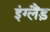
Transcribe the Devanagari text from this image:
इंग्लैंड़